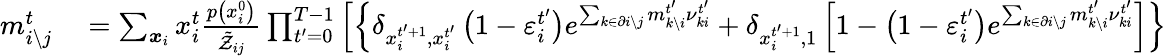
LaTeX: \begin{array}{rl}{m_{i\setminus j}^{t}}&{{}=\sum_{\boldsymbol{x}_{i}}x_{i}^{t}\frac{p\left(x_{i}^{0}\right)}{\tilde{\mathcal{Z}}_{ij}}\prod_{t^{\prime}=0}^{T-1}\left[\left\{ \delta_{x_{i}^{t^{\prime}+1},x_{i}^{t^{\prime}}}\left(1-\varepsilon_{i}^{t^{\prime}}\right)e^{\sum_{k\in\partial i\setminus j}m_{k\setminus i}^{t^{\prime}}\nu_{ki}^{t^{\prime}}}+\delta_{x_{i}^{t^{\prime}+1},1}\left[1-\left(1-\varepsilon_{i}^{t^{\prime}}\right)e^{\sum_{k\in\partial i\setminus j}m_{k\setminus i}^{t^{\prime}}\nu_{ki}^{t^{\prime}}}\right]\right\} \right.}\end{array}